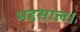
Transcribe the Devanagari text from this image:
भद्दसाल।